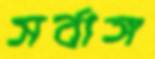
সর্বাঙ্গ